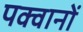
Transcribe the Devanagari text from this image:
पक्वानों